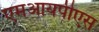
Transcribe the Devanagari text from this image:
एमआयपीएस